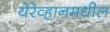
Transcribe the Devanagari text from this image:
येरेव्हानमधील